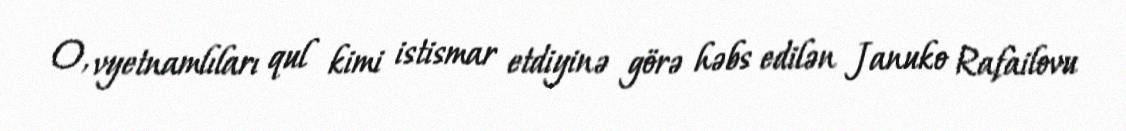
O, vyetnamlıları qul kimi istismar etdiyinə görə həbs edilən Januko Rafailovu